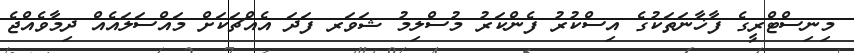
މިނިސްޓްރީގެ ފާޚާނަތަކުގެ އިސްކުރު ފެންކަރު މުސްލިމު ޝަވަރ ފަދަ އެއްޗަކަށް މައްސަލައެއް ދިމާވެއްޖެ